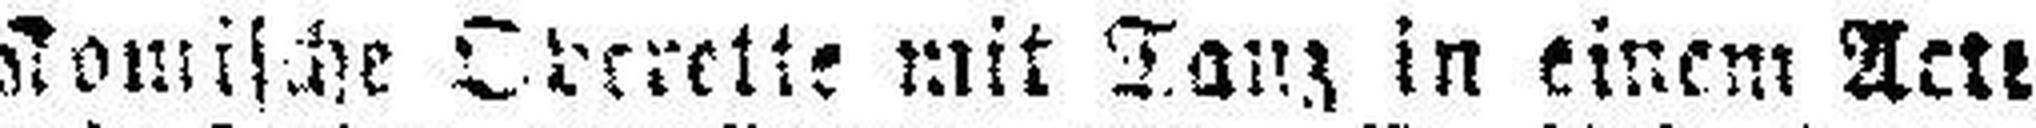
Komische Operette mit Tanz in einem Acte